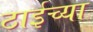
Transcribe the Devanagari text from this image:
ठाईच्या